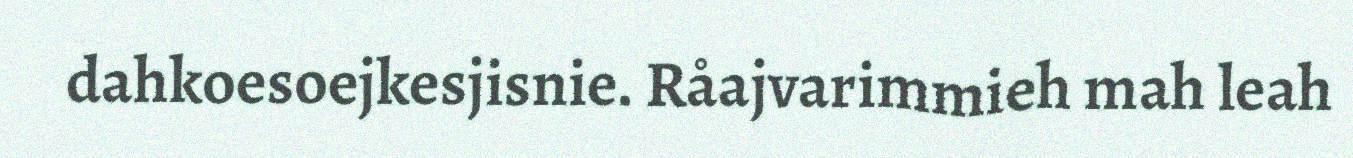
dahkoesoejkesjisnie. Råajvarimmieh mah leah